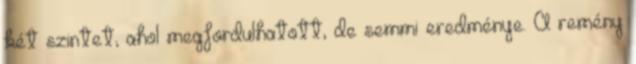
két szintet, ahol megfordulhatott, de semmi eredménye. A remény